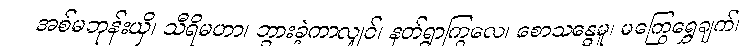
အစ်မဘုန်းယှိ၊ သီရိမဟာ၊ ဘွားခဲ့ကာလျှင်၊ နတ်ရွာကြွလေ၊ စောသန္ဓေမူ၊ မကြွေရွှေချက်၊